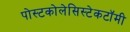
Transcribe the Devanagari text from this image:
पोस्टकोलेसिस्टेकटॉमी